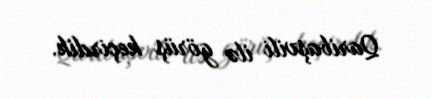
Qaribaşvili ilə görüş keçirdik.